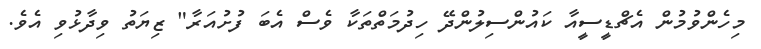
މިހެންވުމުން އެޗްޑީސީއާ ކައުންސިލުންދޭ ހިދުމަތްތަކާ ވެސް އެބަ ފުށުއަރާ" ޒިޔަތު ވިދާޅުވި އެވެ.